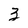
Character: 3